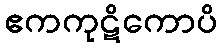
ဧကကုဋိကောပိ